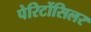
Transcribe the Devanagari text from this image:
पेरिटोंसिलर